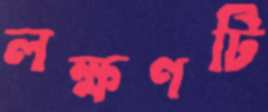
লক্ষণটি